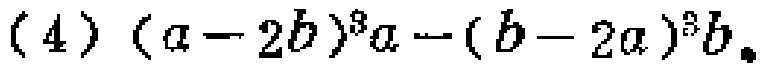
\((4)(a - 2b)^{3}a-(b - 2a)^{3}b\)